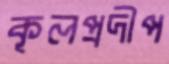
কূলপ্রদীপ